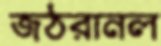
জঠরানল